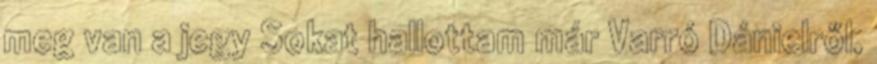
meg van a jegy Sokat hallottam már Varró Dánielről,